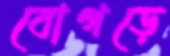
বোগড়ে